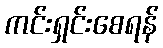
ကင်းရှင်းစေရန်